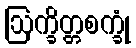
ဩက္ခိတ္တစက္ခုံ